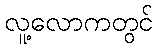
လူ့လောကတွင်